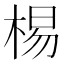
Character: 𣓾